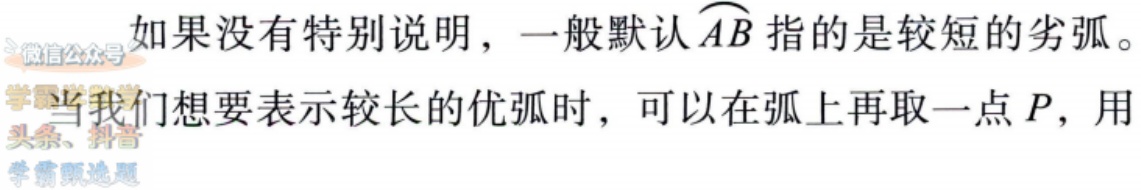
如果没有特别说明，一般默认$\overset{\frown}{AB}$指的是较短的劣弧。

当我们想要表示较长的优弧时，可以在弧上再取一点$P$，用